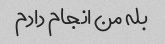
بله من انجام دادم